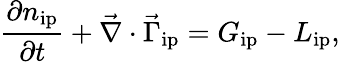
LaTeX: \frac{\partial{n_{\mathrm{ip}}}}{\partial{t}}+\vec{\nabla}\cdot\vec{\Gamma}_{\mathrm{ip}}=G_{\mathrm{ip}}-L_{\mathrm{ip}},